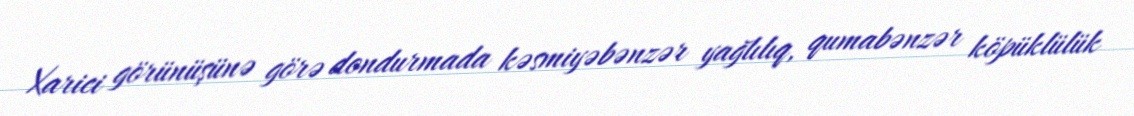
Xarici görünüşünə görə dondurmada kəsmiyəbənzər yağlılıq, qumabənzər köpüklülük